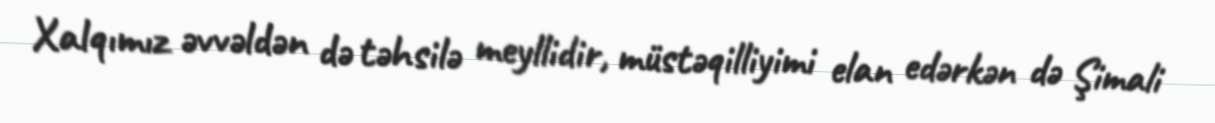
Xalqımız əvvəldən də təhsilə meyllidir, müstəqilliyimi elan edərkən də Şimali